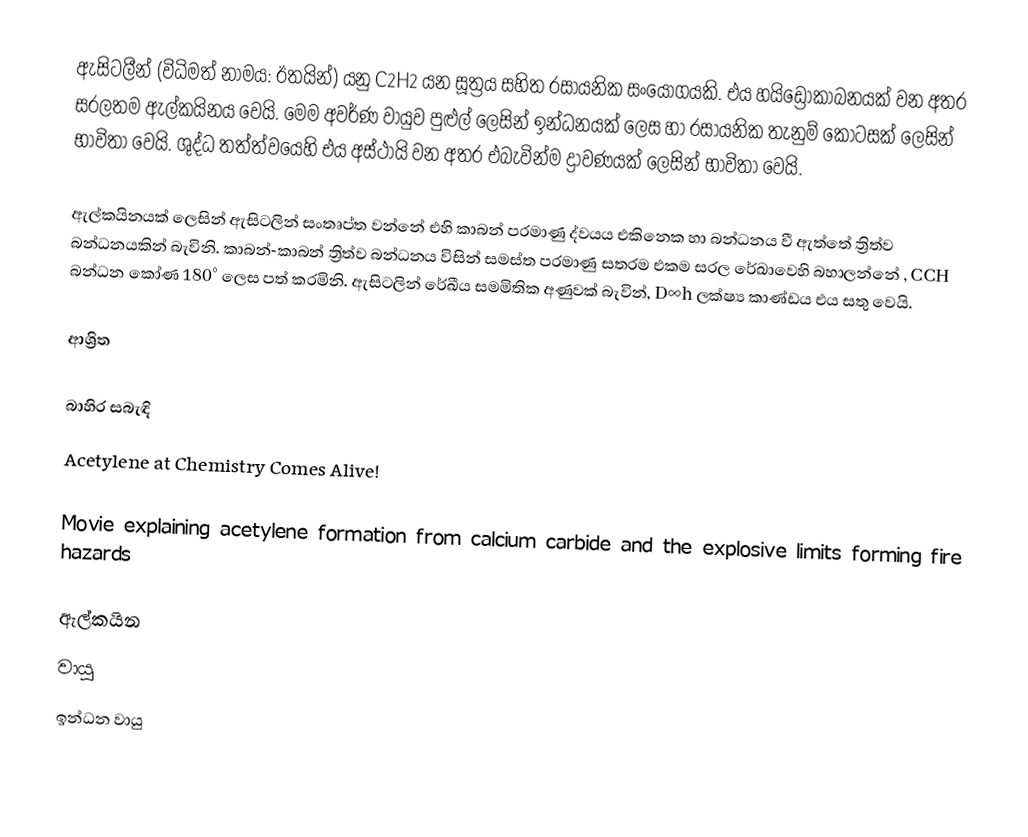
ඇසිටලීන් (විධිමත් නාමය: ඊතයින්) යනු C2H2 යන සූත්‍රය සහිත රසායනික සංයෝගයකි.   එය හයිඩ්‍රොකාබනයක් වන අතර සරලතම ඇල්කයිනය වෙයි. මෙම අවර්ණ වායුව පුළුල් ලෙසින් ඉන්ධනයක් ලෙස හා රසායනික තැනුම් කොටසක් ලෙසින් භාවිතා වෙයි. ශුද්ධ තත්ත්වයෙහි එය අස්ථායි වන අතර එබැවින්ම ද්‍රාවණයක් ලෙසින් භාවිතා වෙයි.

ඇල්කයිනයක් ලෙසින් ඇසිටලින් සංතෘප්ත වන්නේ එහි කාබන් පරමාණු ද්වයය එකිනෙක හා බන්ධනය වී ඇත්තේ ත්‍රිත්ව බන්ධනයකින් බැවිනි.  කාබන්-කාබන් ත්‍රිත්ව බන්ධනය විසින් සමස්ත පරමාණු සතරම එකම සරල රේඛාවෙහි බහාලන්නේ , CCH බන්ධන කෝණ 180° ලෙස පත් කරමිනි. ඇසිටලින් රේඛීය සමමිතික අණුවක් බැවින්, D∞h ලක්ෂ්‍ය කාණ්ඩය එය සතු වෙයි.

ආශ්‍රිත

බාහිර සබැඳි
 Acetylene at Chemistry Comes Alive!

 Movie explaining acetylene formation from calcium carbide and the explosive limits forming fire hazards

ඇල්කයින
වායු
ඉන්ධන වායු